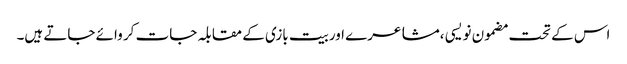
اس کے تحت مضمون نویسی ،مشاعرے اوربیت بازی کے مقابلہ جات کر وائے جاتے ہیں۔